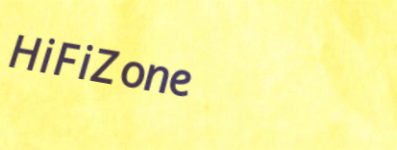
HiFiZone